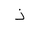
Letter: _thal